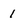
Character: 1